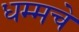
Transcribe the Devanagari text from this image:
धम्मचे